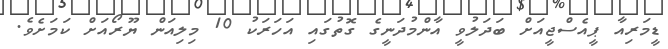
ޑީމަރިއާ ޕީއެސްޖީއަށް ބަދަލުވީ އާންމުދަނީގެ ގޮތުގައި އަހަރަކު 10 މިލިއަން ޔޫރޯއަށް ކަމަށެވެ.